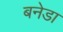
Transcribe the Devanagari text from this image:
बनेडा